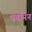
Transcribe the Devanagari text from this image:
थेवेनिंन